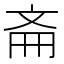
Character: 𫿯